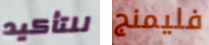
للتأكيد فليمنج